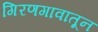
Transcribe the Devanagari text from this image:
गिरणगावातून